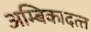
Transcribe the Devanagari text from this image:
अम्बिकादत्‍त